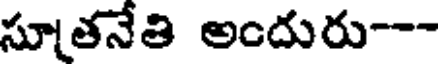
సూతనేతి అందురు--